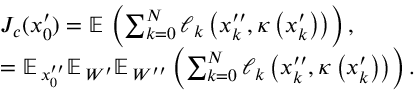
\begin{array} { r l } & { J _ { c } ( x _ { 0 } ^ { \prime } ) = \mathbb { E \, } \left( \sum _ { k = 0 } ^ { N } \ell _ { k } \left( x _ { k } ^ { \prime \prime } , \kappa \left( x _ { k } ^ { \prime } \right) \right) \right) , } \\ & { = \mathbb { E \, } _ { x _ { 0 } ^ { \prime \prime } } \mathbb { E \, } _ { W ^ { \prime } } \mathbb { E \, } _ { W ^ { \prime \prime } } \left( \sum _ { k = 0 } ^ { N } \ell _ { k } \left( x _ { k } ^ { \prime \prime } , \kappa \left( x _ { k } ^ { \prime } \right) \right) \right) . } \end{array}